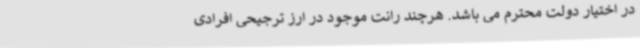
در اختیار دولت محترم می باشد. هرچند رانت موجود در ارز ترجیحی افرادی